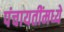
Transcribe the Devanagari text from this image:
पंचायतींमध्ये